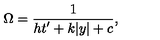
\Omega = { \frac { 1 } { \displaystyle { h t ^ { \prime } + k | y | + c } } } , \,